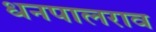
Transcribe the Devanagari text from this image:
धनपालराव